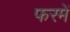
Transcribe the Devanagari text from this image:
फरमें